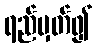
ရည်မှတ်၍